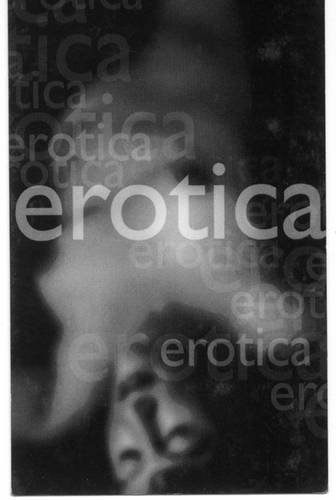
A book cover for Erotica: Out of the Blue - Poetry to Ignite Dying Embers; Josephine Williams; Romance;